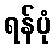
ရန်ပုံ